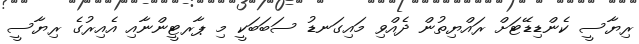
ރިޔާސީ ކެންޑިޑޭޓަށް ރައްޔިތުން ދެއްވި މައިގަނޑު ސަބަބަކީ މި ޕާރޓީންނާއި އެއިރުގެ ރިޔާސީ